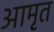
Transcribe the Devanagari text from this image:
आमृत